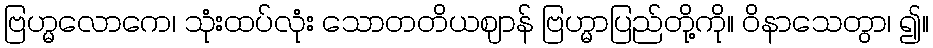
ဗြဟ္မလောကေ၊ သုံးထပ်လုံး သောတတိယဈာန် ဗြဟ္မာပြည်တို့ကို။ ဝိနာသေတွာ၊ ၍။